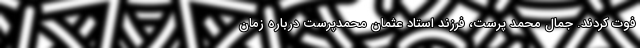
فوت کردند. جمال محمد پرست، فرزند استاد عثمان محمدپرست درباره زمان